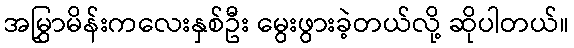
အမြွှာမိန်းကလေးနှစ်ဦး မွေးဖွားခဲ့တယ်လို့ ဆိုပါတယ်။